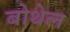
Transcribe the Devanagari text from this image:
बोथेल